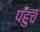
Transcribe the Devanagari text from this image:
पहुचँ